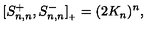
[ S _ { n , n } ^ { + } , S _ { n , n } ^ { - } ] _ { { } _ { + } } = ( 2 K _ { n } ) ^ { n } ,